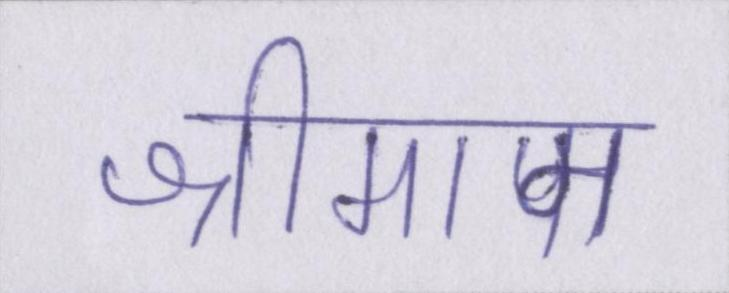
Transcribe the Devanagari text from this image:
श्रीमान